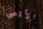
الأقصى